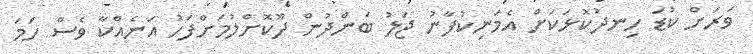
ވަރަށް ކުޑަ ހިނދުކޮޅަކަށް އެމަނިކުފާނު ޖަލު ބަންދުން ދޫކޮށްލުމަށްފަހު އަނެއްކާ ވެސް ހަމަ